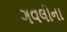
ગવલીના